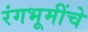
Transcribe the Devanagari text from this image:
रंगभूमींचे